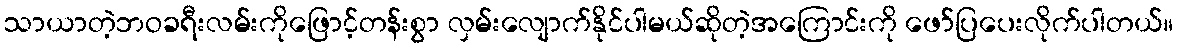
သာယာတဲ့ဘဝခရီးလမ်းကိုဖြောင့်တန်းစွာ လှမ်းလျောက်နိုင်ပါမယ်ဆိုတဲ့အကြောင်းကို ဖော်ပြပေးလိုက်ပါတယ်။